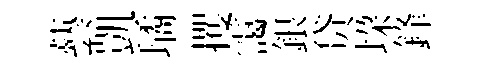
藝凱璚攫靄銀贷垜鋒